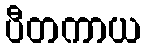
ပီတကာယ